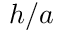
h / a